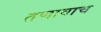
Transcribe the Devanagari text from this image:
तणावाच